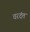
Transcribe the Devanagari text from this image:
वरदंत